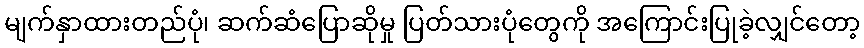
မျက်နှာထားတည်ပုံ၊ ဆက်ဆံပြောဆိုမှု ပြတ်သားပုံတွေကို အကြောင်းပြုခဲ့လျှင်တော့